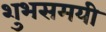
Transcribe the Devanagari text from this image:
शुभसमयी